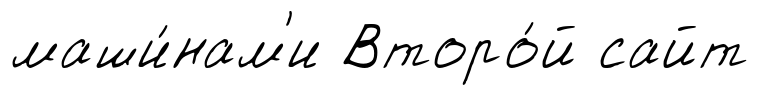
маши́нам'и Второ́й сайт